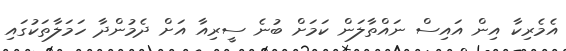
އެމެރިކާ އިން އައިސް ނައްތާލަން ކަމަށް ބުނެ ސީރިއާ އަށް ދެމުންދާ ހަމަލާތަކުގައި